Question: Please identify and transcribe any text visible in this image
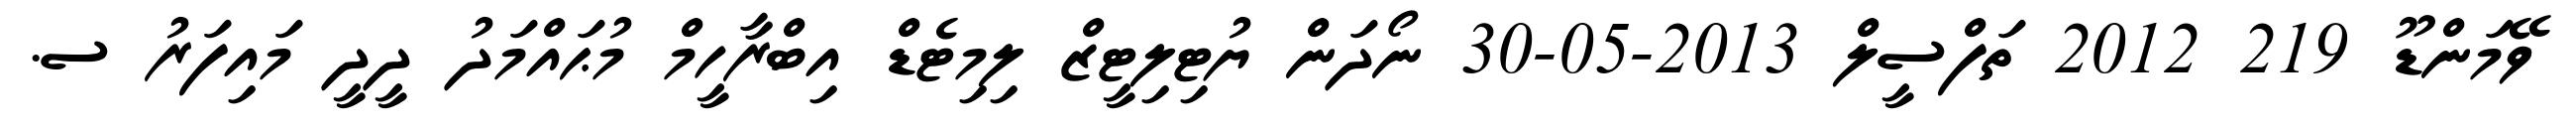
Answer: ވޭމަންޑޫ 219 2012 ތަފްސީލް 2013-05-30 ނޯދަން ޔުޓިލިޓީޒް ލިމިޓެޑް އިބްރާހީމް މުޙައްމަދު ދީދީ މައިފަރު ސ.